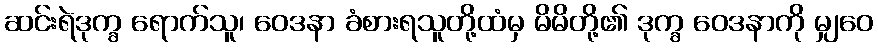
ဆင်းရဲဒုက္ခ ရောက်သူ၊ ဝေဒနာ ခံစားရသူတို့ထံမှ မိမိတို့၏ ဒုက္ခ ဝေဒနာကို မျှဝေ